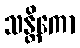
သန္တိကော